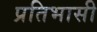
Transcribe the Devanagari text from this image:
प्रतिभासी